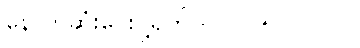
နောက်ဆုံးပေးပို့ရက် - ၂၀၂၅/၁၂/၂၀